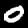
Digit: 0